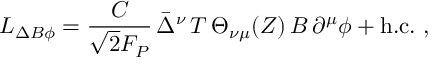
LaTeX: { \cal L } _ { \Delta B \phi } = \frac { { \cal C } } { \sqrt { 2 } F _ { P } } \, \bar { \Delta } ^ { \nu } \, T \, \Theta _ { \nu \mu } ( Z ) \, B \, \partial ^ { \mu } \phi + \mathrm { h . c . } \, \, ,